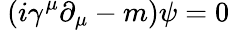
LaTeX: \ (i\gamma^{\mu}\partial_{\mu}-m)\psi=0